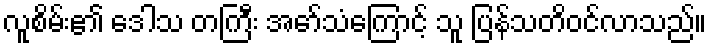
လူစိမ်း၏ ဒေါသ တကြီး အော်သံကြောင့် သူ ပြန်သတိဝင်လာသည်။